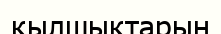
қылшықтарын